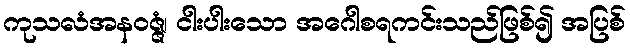
ကုသလံအနဝဇ္ဇံ၊ ငါးပါးသော အဂေါစရကင်းသည်ဖြစ်၍ အပြစ်